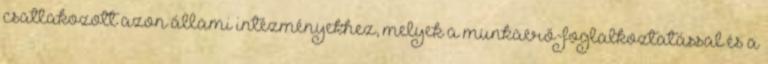
csatlakozott azon állami intézményekhez, melyek a munkaerő-foglalkoztatással és a